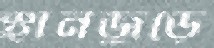
স্থানজুড়ে